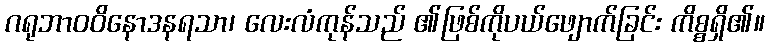
ဂရုဘာဝဝိနောဒနရသာ၊ လေးလံကုန်သည် ၏ဖြစ်ကိုပယ်ဖျောက်ခြင်း ကိစ္စရှိ၏။